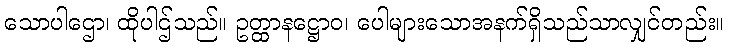
သောပါဌော၊ ထိုပါဌ်သည်။ ဥတ္ထာနဋ္ဌောဝ၊ ပေါများသောအနက်ရှိသည်သာလျှင်တည်း။